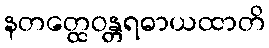
နတတ္ထေဝန္တရဓာယထာတိ